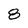
Character: 8